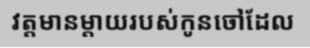
វត្តមានម្តាយរបស់កូនចៅដែល